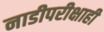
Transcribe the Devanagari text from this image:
नाडीपरीक्षाही